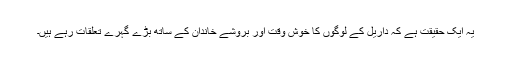
یہ ایک حقیقت ہے کہ داریل کے لوگوں کا خوش وقت اور بروشے خاندان کے ساتھ بڑے گہرے تعلقات رہے ہیں۔